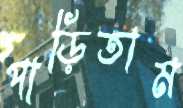
পাড়িতাম